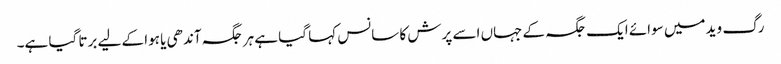
رگ وید میں سوائے ایک جگہ کے جہاں اسے پرش کا سانس کہا گیا ہے ہر جگہ آندھی یا ہوا کے لیے برتا گیا ہے۔